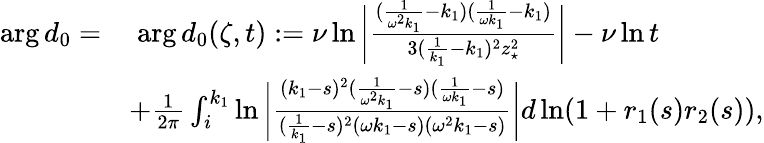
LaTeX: \begin{array}{rl}{\arg d_{0}=}&{\; \arg d_{0}(\zeta,t):=\nu\ln\bigg|\frac{(\frac{1}{\omega^{2}k_{1}}-k_{1})(\frac{1}{\omega k_{1}}-k_{1})}{3(\frac{1}{k_{1}}-k_{1})^{2}z_{\star}^{2}}\bigg|-\nu\ln t}\\ &{+\frac{1}{2\pi}\int_{i}^{k_{1}}\ln\bigg|\frac{(k_{1}-s)^{2}(\frac{1}{\omega^{2}k_{1}}-s)(\frac{1}{\omega k_{1}}-s)}{(\frac{1}{k_{1}}-s)^{2}(\omega k_{1}-s)(\omega^{2}k_{1}-s)}\bigg|d\ln(1+r_{1}(s)r_{2}(s)),}\end{array}